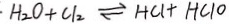
H _ { 2 } O + C l _ { 2 } \rightleftharpoons H C l + H C l O